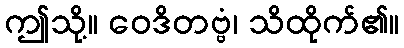
ဤသို့။ ဝေဒိတဗ္ဗံ၊ သိထိုက်၏။